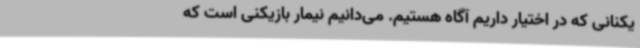
یکنانی که در اختیار داریم آگاه هستیم. می‌دانیم نیمار بازیکنی است که